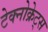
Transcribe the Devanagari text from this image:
टेक्नोक्रेट्स